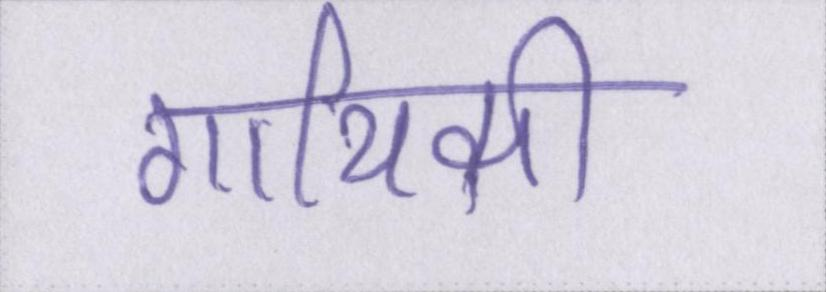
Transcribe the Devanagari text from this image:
गायिकी